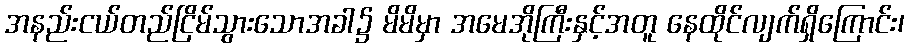
အနည်းငယ်တည်ငြိမ်သွားသောအခါ၌ မိမိမှာ အမေအိုကြီးနှင့်အတူ နေထိုင်လျက်ရှိကြောင်း၊